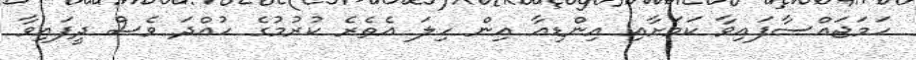
ހަމަޖައްސާފައިވާ ކަމަށާއި އިންޑިއާ އިން ހިލަ އެތެރެ ކުރުމުގެ ހުއްދަ ވެސް ދީފައިވާ